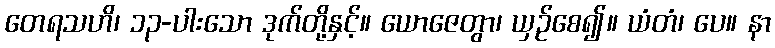
တေရသဟိ၊ ၁၃-ပါးသော ဒုက်တို့နှင့်။ ယောဇေတွာ၊ ယှဉ်စေ၍။ ယံတံ၊ ပေ။ နာ